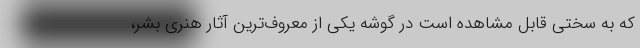
که به سختی قابل مشاهده است در گوشه یکی از معروف‌ترین آثار هنری بشر،